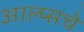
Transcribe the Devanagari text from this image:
आल्प्सचे